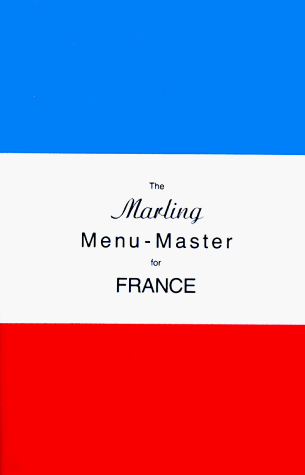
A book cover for Marling Menu-Master for France (Marling menu masters series); William E. Marling; Travel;